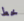
خط